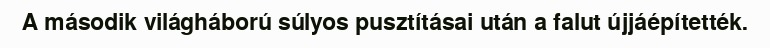
A második világháború súlyos pusztításai után a falut újjáépítették.